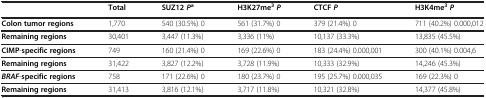
|  | Total | SUZ12 Pa | H3K27me3 P | CTCF P | H3K4me3 P |
 | --- | --- | --- | --- | --- | --- |
 | Colon tumor regions | 1,770 | 540 (30.5%) 0 | 561 (31.7%) 0 | 379 (21.4%) 0 | 711 (40.2%) 0.000,012 |
 | Remaining regions | 30,401 | 3,447 (11.3%) | 3,336 (11%) | 10,137 (33.3%) | 13,835 (45.5%) |
 | CIMP-specific regions | 749 | 160 (21.4%) 0 | 169 (22.6%) 0 | 183 (24.4%) 0.000,001 | 300 (40.1%) 0.004,6 |
 | Remaining regions | 31,422 | 3,827 (12.2%) | 3,728 (11.9%) | 10,333 (32.9%) | 14,246 (45.3%) |
 | BRAF-specific regions | 758 | 171 (22.6%) 0 | 180 (23.7%) 0 | 195 (25.7%) 0.000,035 | 169 (22.3%) 0 |
 | Remaining regions | 31,413 | 3,816 (12.1%) | 3,717 (11.8%) | 10,321 (32.8%) | 14,377 (45.8%) |